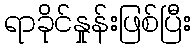
ရာခိုင်နှုန်းဖြစ်ပြီး